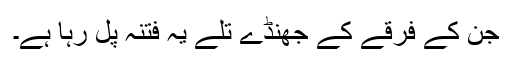
جن کے فرقے کے جھنڈے تلے یہ فتنہ پل رہا ہے۔